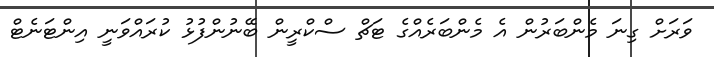
ވަރަށް ގިނަ މެންބަރުން އެ މެންބަރެއްގެ ޓަޗް ސްކްރީން ބޭނުންފުޅު ކުރައްވަނީ އިންޓަނެޓް